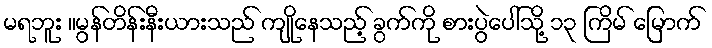
မရဘူး ။မွန်တိန်းနီးယားသည် ကျိုနေသည့် ခွက်ကို စားပွဲပေါ်သို့ ၁၃ ကြိမ် မြောက်